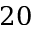
2 0